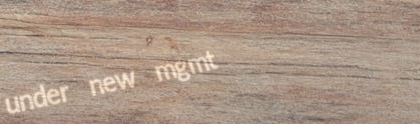
under new mgmt